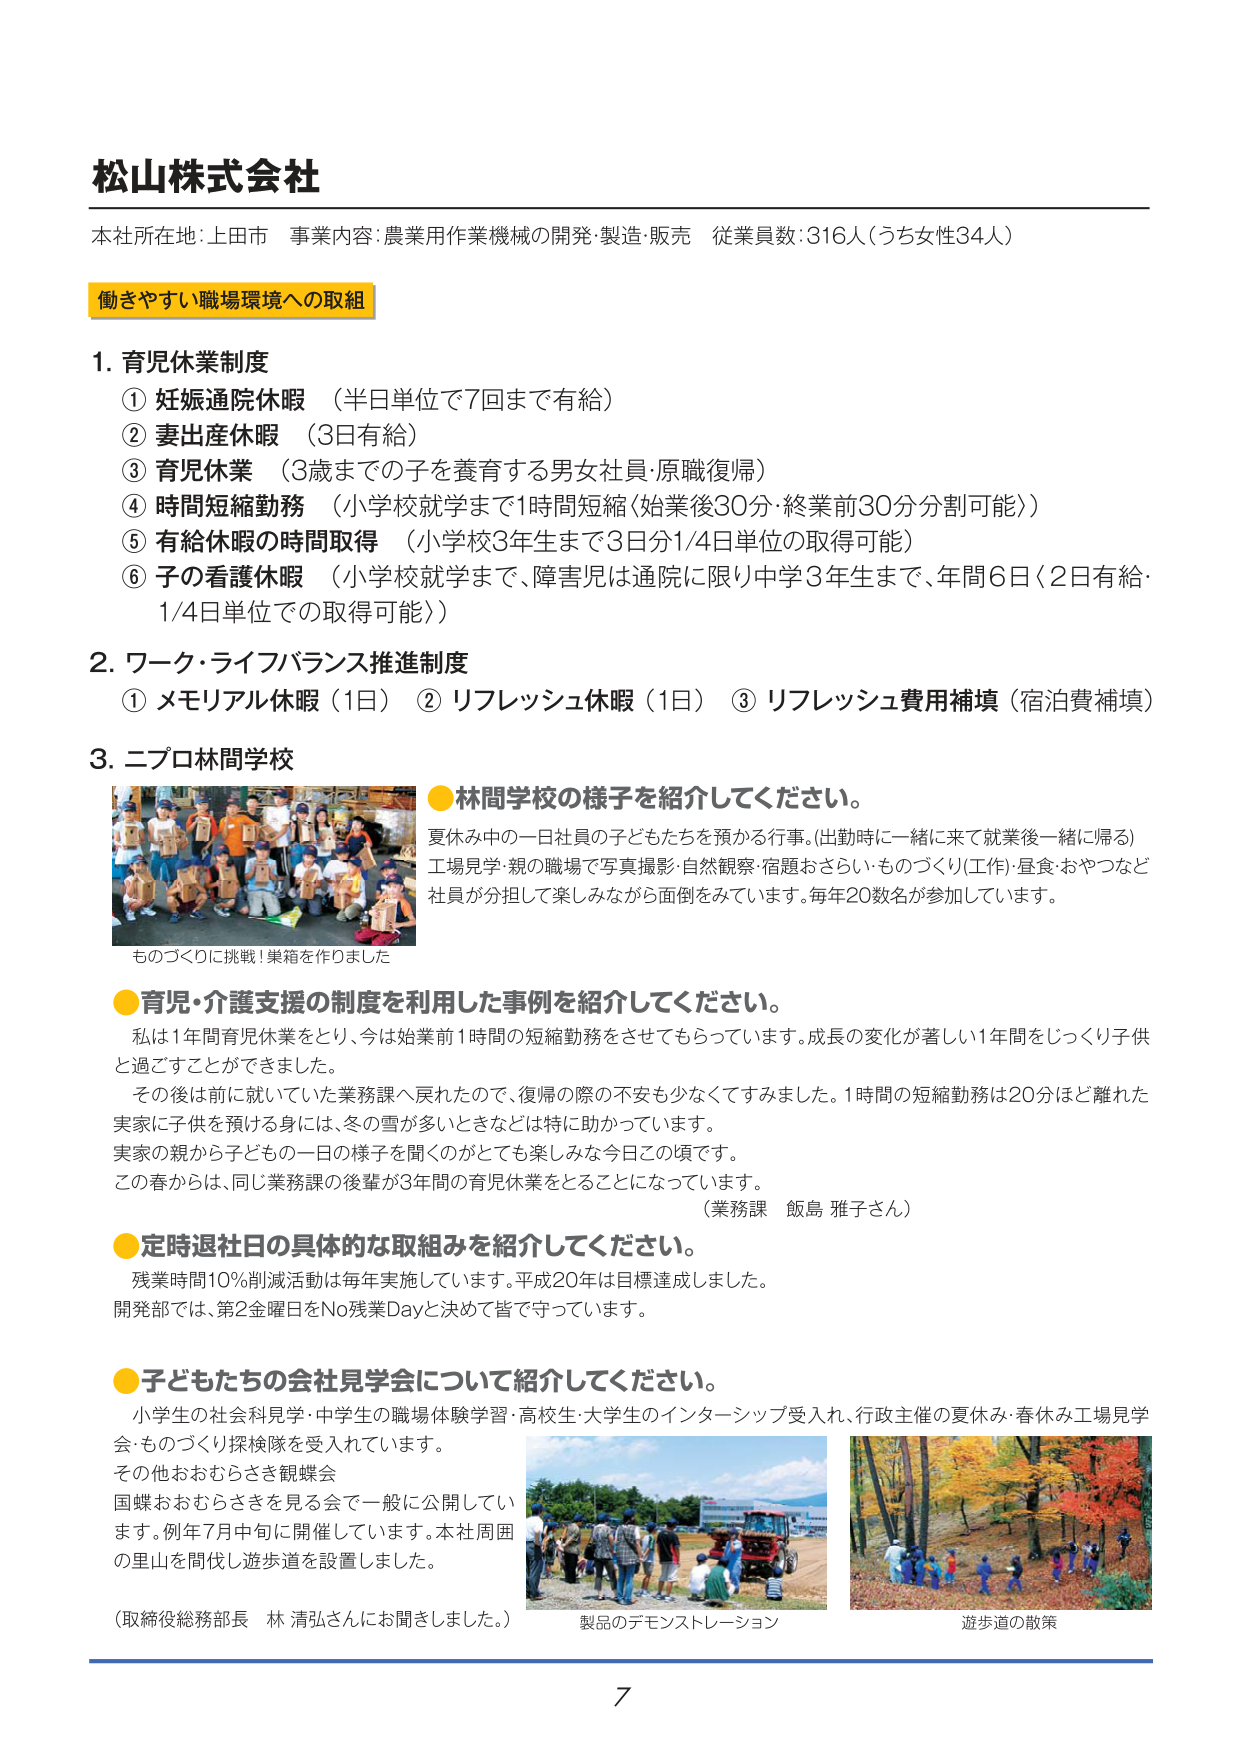
松山株式会社
本社所在地: 上田市 事業内容: 農業用作業機械の開発・製造・販売 従業員数: 316人（うち女性34人）

働きやすい職場環境への取組

1. 育児休業制度
① 妊娠通院休暇 （半日単位で7回まで有給）
② 妻出産休暇 （3日有給）
③ 育児休業 （3歳までの子を養育する男女社員・原職復帰）
④ 時間短縮勤務 （小学校就学まで1時間短縮（始業後30分・終業前30分分割可能））
⑤ 有給休暇の時間取得 （小学校3年生まで3日分1/4日単位の取得可能）
⑥ 子の看護休暇 （小学校就学まで、障害児は通院に限り中学3年生まで、年間6日（2日有給・1/4日単位での取得可能））

2. ワーク・ライフバランス推進制度
① メモリアル休暇（1日） ② リフレッシュ休暇（1日） ③ リフレッシュ費用補填（宿泊費補填）

3. ニプロ林間学校
●林間学校の様子を紹介してください。
夏休み中の一日社員の子どもたちを預かる行事。（出勤時に一緒に来て就業後一緒に帰る）
工場見学・親の職場で写真撮影・自然観察・宿題おさらい・ものづくり（工作）・昼食・おやつなど
社員が分担して楽しみながら面倒をみています。毎年20数名が参加しています。
ものづくりに挑戦！巣箱を作りました

●育児・介護支援の制度を利用した事例を紹介してください。
私は1年間育児休業をとり、今は始業前1時間の短縮勤務をさせてもらっています。成長の変化が著しい1年間をじっくり子供と過ごすことができました。
その後は前に就いていた業務課へ戻れたので、復帰の際の不安も少なくすみました。1時間の短縮勤務は20分ほど離れた実家に子供を預ける身には、冬の雪が多いときなどは特に助かっています。
実家の親から子どもの一日の様子を聞くのがとても楽しみな今日この頃です。
この春からは、同じ業務課の後輩が3年間の育児休業をとることになっています。
（業務課 飯島 雅子さん）

●定時退社日の具体的な取組みを紹介してください。
残業時間10％削減活動は毎年実施しています。平成20年は目標達成しました。
開発部では、第2金曜日をNo残業Dayと決めて皆で守っています。

●子どもたちの会社見学会について紹介してください。
小学生の社会科見学・中学生の職場体験学習・高校生・大学生のインターシップ受入れ、行政主催の夏休み・春休み工場見学会・ものづくり探検隊を受入れています。
その他おむらさき観蝶会
国蝶おおむらさきを見る会で一般に公開しています。例年7月中旬に開催しています。本社周囲の里山を間伐し遊歩道を設置しました。
（取締役総務部長 林 清弘さんにお聞きしました。）
製品のデモンストレーション
遊歩道の散策

7